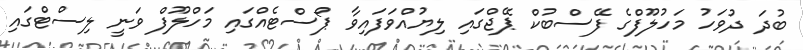
ބުދަ ދުވަހު މަހުލޫފްގެ ފޭސްބުކް ޕޭޖްގައި ލިޔުއްވަފައިވާ ޕޯސްޓެއްގައި މަހްލޫފް ވަނީ ލިސްޓްގައި